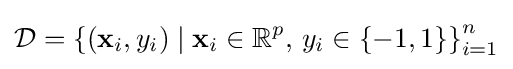
{\mathcal {D}}=\left\{(\mathbf {x} _{i},y_{i})\mid \mathbf {x} _{i}\in \mathbb {R} ^{p},\,y_{i}\in \{-1,1\}\right\}_{i=1}^{n}